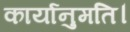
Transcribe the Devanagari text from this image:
कार्यानुमति।